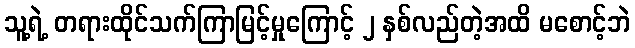
သူ့ရဲ့ တရားထိုင်သက်ကြာမြင့်မှုကြောင့် ၂ နှစ်လည်တဲ့အထိ မစောင့်ဘဲ